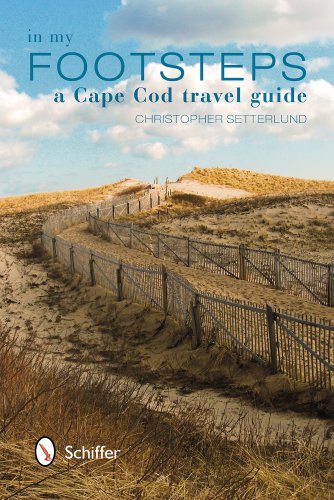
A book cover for In My Footsteps: A Cape Cod Travel Guide; Christopher Setterlund; Travel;